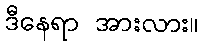
ဒီနေရာ အားလား။